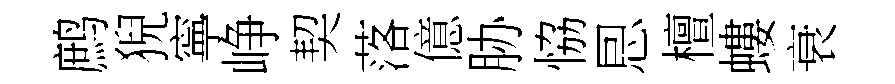
鹧猊寧峥契落億胁恊㤙檀螻衰